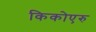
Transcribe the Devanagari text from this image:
किकोएरु